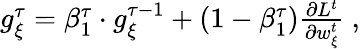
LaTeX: \begin{array}{r}{g_{\xi}^{\tau}=\beta_{1}^{\tau}\cdot g_{\xi}^{\tau-1}+\left(1-\beta_{1}^{\tau}\right)\frac{\partial L^{t}}{\partial w_{\xi}^{t}}\ ,}\end{array}